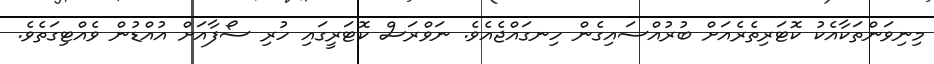
މިނިވަންތަކާއެކު ކޮޓަރިތެރެއަށް ބުރުއްސައިގެން ހިނގައްޖެއެވެ. ނަވްރަސް ކޮޓަރީގައި ހުރި ސޯފާއަށް އުއްޑުން ވެއްޓިގަތެވެ.